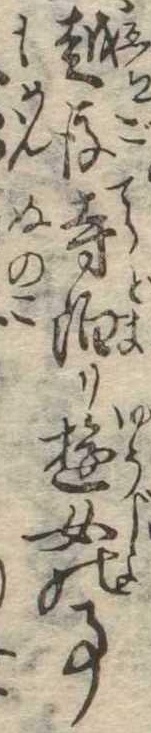
越後寺泊り遊女の事